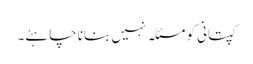
کپتانی کو مسئلہ نہیں بنانا چاہئے۔